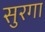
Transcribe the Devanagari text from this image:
सुरगा